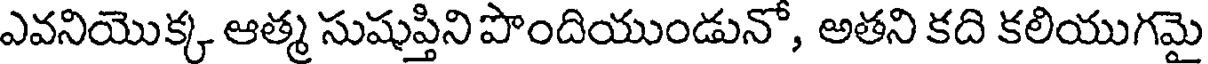
ఎవనియొక్క ఆత్మ సుషుప్తిని పొందియుండునో, అతని కది కలియుగమై